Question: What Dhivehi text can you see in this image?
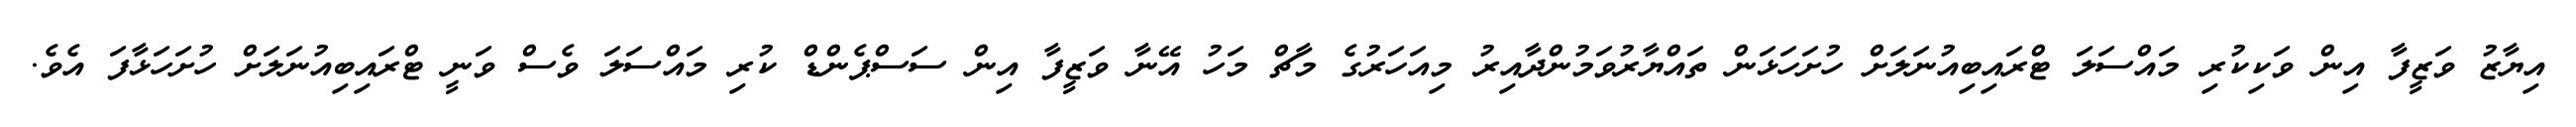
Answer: އިޔާޒު ވަޒީފާ އިން ވަކިކުރި މައްސަލަ ޓްރައިބިއުނަލަށް ހުށަހަޅަން ތައްޔާރުވަމުންދާއިރު މިއަހަރުގެ މާޗް މަހު އޭނާ ވަޒީފާ އިން ސަސްޕެންޑް ކުރި މައްސަލަ ވެސް ވަނީ ޓްރައިބިއުނަލަށް ހުށަހަޅާފަ އެވެ.